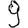
Digit: 9